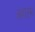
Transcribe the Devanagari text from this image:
अशटम